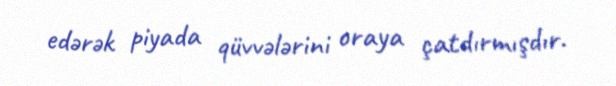
edərək piyada qüvvələrini oraya çatdırmışdır.